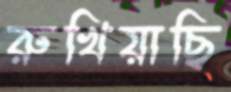
রুখিয়াছি